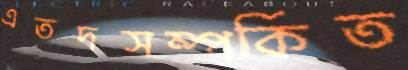
এতদসম্পর্কিত